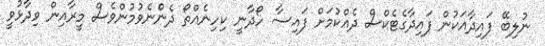
ނުލިބޭ ފައިދާއަކުން ފައިދާގެޓެކްސް ދެއްކުމަށް ފައިސާ ހޯދާނީ ކިހިނެއްތޯ ދެންެނެވުމުންވެސް މީރާއިން ވިދާޅުވީ